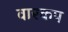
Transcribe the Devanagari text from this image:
वारकप